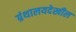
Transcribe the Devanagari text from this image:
ग्रंथालयदेखील